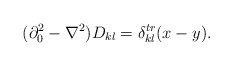
\begin{align*}(\partial_0^2-\nabla^2)D_{kl}=\delta^{tr}_{kl}(x-y).\end{align*}